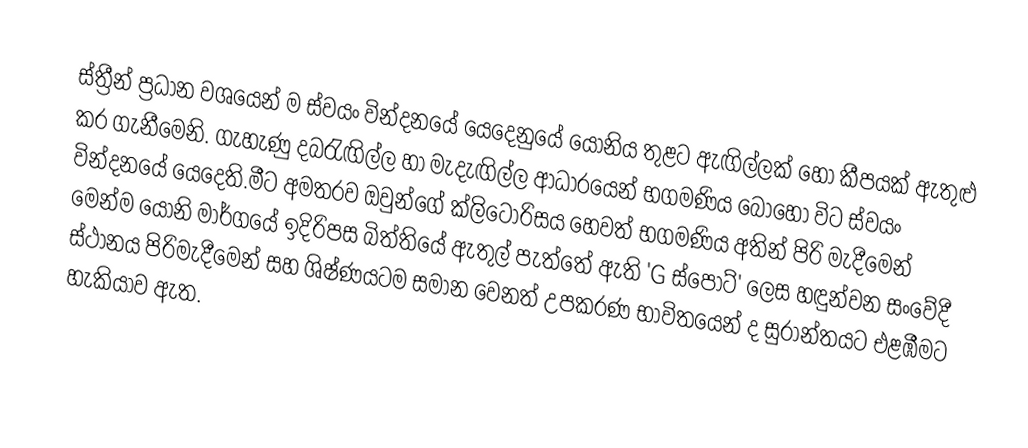
ස්ත්‍රීන් ප්‍රධාන වශයෙන් ම ස්වයං වින්දනයේ යෙදෙනුයේ යෝනිය තුළට ඇඟිල්ලක් හෝ කීපයක් ඇතුළු කර ගැනීමෙනි. ගැහැණු දබරැඟිල්ල හා මැදැඟිල්ල ආධාරයෙන් භගමණිය බොහෝ විට ස්වයං වින්දනයේ යෙදෙති.මීට අමතරව ඔවුන්ගේ ක්ලිටොරිසය හෙවත් භගමණිය අතින් පිරි මැදීමෙන් මෙන්ම යෝනි මාර්ගයේ ඉදිරිපස බිත්තියේ ඇතුල් පැත්තේ ඇති 'G ස්පොට්' ලෙස හඳුන්වන සංවේදී ස්ථානය පිරිමැදීමෙන් සහ ශිෂ්ණයටම සමාන වෙනත් උපකරණ භාවිතයෙන් ද සුරාන්තයට එළඹීමට හැකියාව ඇත.